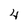
Character: 4